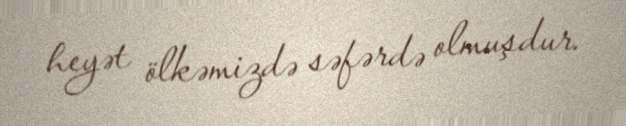
heyət ölkəmizdə səfərdə olmuşdur.